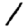
Digit: 1